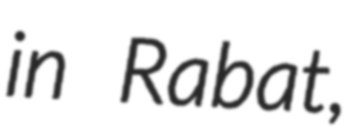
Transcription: in Rabat,